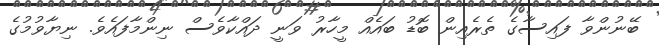
ބޭނުންވާ ފައިސާގެ ތެރެއިން ބޮޑު ބައެއް މީހާރު ވަނީ ދައްކާވެސް ނިންމާފައެވެ. ނިޔާވުމުގެ